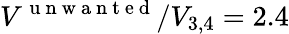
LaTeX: V^{\mathrm{~u~n~w~a~n~t~e~d~}}/V_{3,4}=2.4